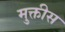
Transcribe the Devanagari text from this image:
मुक्तीस